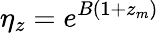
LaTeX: \eta_{z}=e^{B(1+z_{m})}